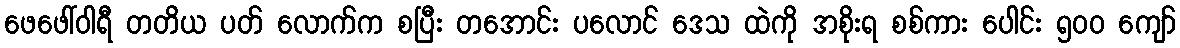
ဖေဖေါ်ဝါရီ တတိယ ပတ် လောက်က စပြီး တအောင်း ပလောင် ဒေသ ထဲကို အစိုးရ စစ်ကား ပေါင်း ၅၀၀ ကျော်